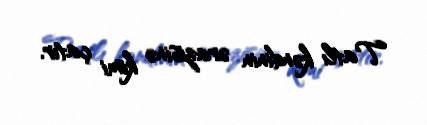
Tatlı kəndinin ərazisinə kimi çatır.